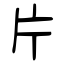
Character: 片